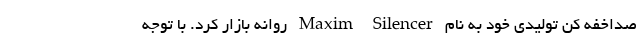
صداخفه کن تولیدی خود به نام Maxim Silencer روانه بازار کرد. با توجه